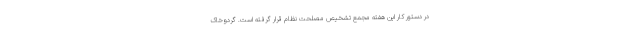
در دستور کار این هفته مجمع تشخیص مصلحت نظام قرار گرفته است. گردوخاک